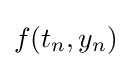
f(t_{n},y_{n})